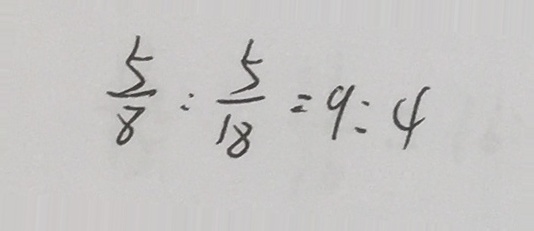
\frac { 5 } { 8 } : \frac { 5 } { 1 8 } = 9 : 4